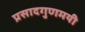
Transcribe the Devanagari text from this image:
प्रसादगुणमयी